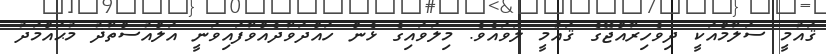
ޤައުމީ ސަލާމްއަކީ ދިވެހިރާއްޖޭގެ ޤައުމީ ލަވައެވެ. މިލަވައިގެ ޅެން ހައްދަވާދެއްވާފައިވަނީ އަލްއުސްތާޛު މުޙައްމަދު